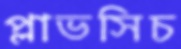
প্লাভসিচ